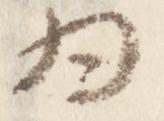
為